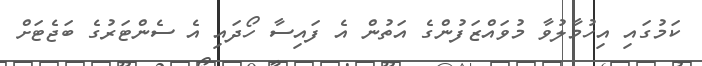
ކަމުގައި އިހުމާލުވާ މުވައްޒަފުންގެ އަތުން އެ ފައިސާ ހޯދައި އެ ސެންޓަރުގެ ބަޖެޓަށް